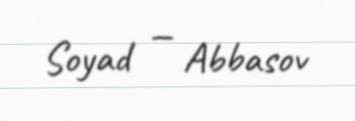
Soyad — Abbasov